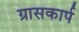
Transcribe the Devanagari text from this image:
ग्रासकार्प